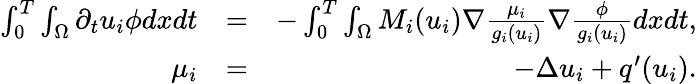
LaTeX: \begin{array}{rlr}{\int_{0}^{T}\int_{\Omega}\partial_{t}u_{i}\phi dxdt}&{=}&{-\int_{0}^{T}\int_{\Omega}M_{i}(u_{i})\nabla\frac{\mu_{i}}{g_{i}(u_{i})}\nabla\frac{\phi}{g_{i}(u_{i})}dxdt,}\\ {\mu_{i}}&{=}&{-\Delta u_{i}+q^{\prime}(u_{i}).}\end{array}